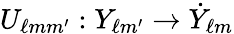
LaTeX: U_{\ell mm^{\prime}}:Y_{\ell m^{\prime}}\rightarrow\dot{Y}_{\ell m}